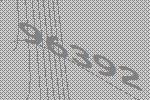
96392